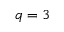
q = 3